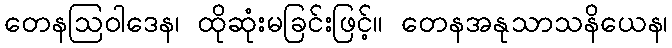
တေနဩဝါဒေန၊ ထိုဆုံးမခြင်းဖြင့်။ တေနအနုသာသနိယေန၊